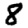
Digit: 8